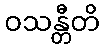
ဝသန္တီတိ